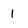
Character: 1